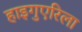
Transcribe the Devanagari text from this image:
हाइगुएरिला